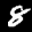
Label: 8